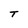
Character: T